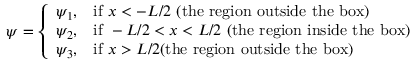
\psi = { \left\{ \begin{array} { l l } { \psi _ { 1 } , } & { { \mathrm { i f ~ } } x < - L / 2 { \mathrm { ~ ( t h e ~ r e g i o n ~ o u t s i d e ~ t h e ~ b o x ) } } } \\ { \psi _ { 2 } , } & { { \mathrm { i f ~ } } - L / 2 < x < L / 2 { \mathrm { ~ ( t h e ~ r e g i o n ~ i n s i d e ~ t h e ~ b o x ) } } } \\ { \psi _ { 3 } , } & { { \mathrm { i f ~ } } x > L / 2 { \mathrm { ( t h e ~ r e g i o n ~ o u t s i d e ~ t h e ~ b o x ) } } } \end{array} \right. }